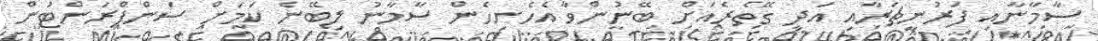
ސާމާނާއި ފަރުނީޗަރާއި އަދި ގޭތެރެއަށް ބޭނުންވާ އެހެނިހެން ސާމާނު ލިބޭނެ ކަމަށް ސަންފްރަންޓުން